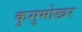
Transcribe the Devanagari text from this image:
कुसुमोखर